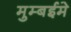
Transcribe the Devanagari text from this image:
मुम्बईमे